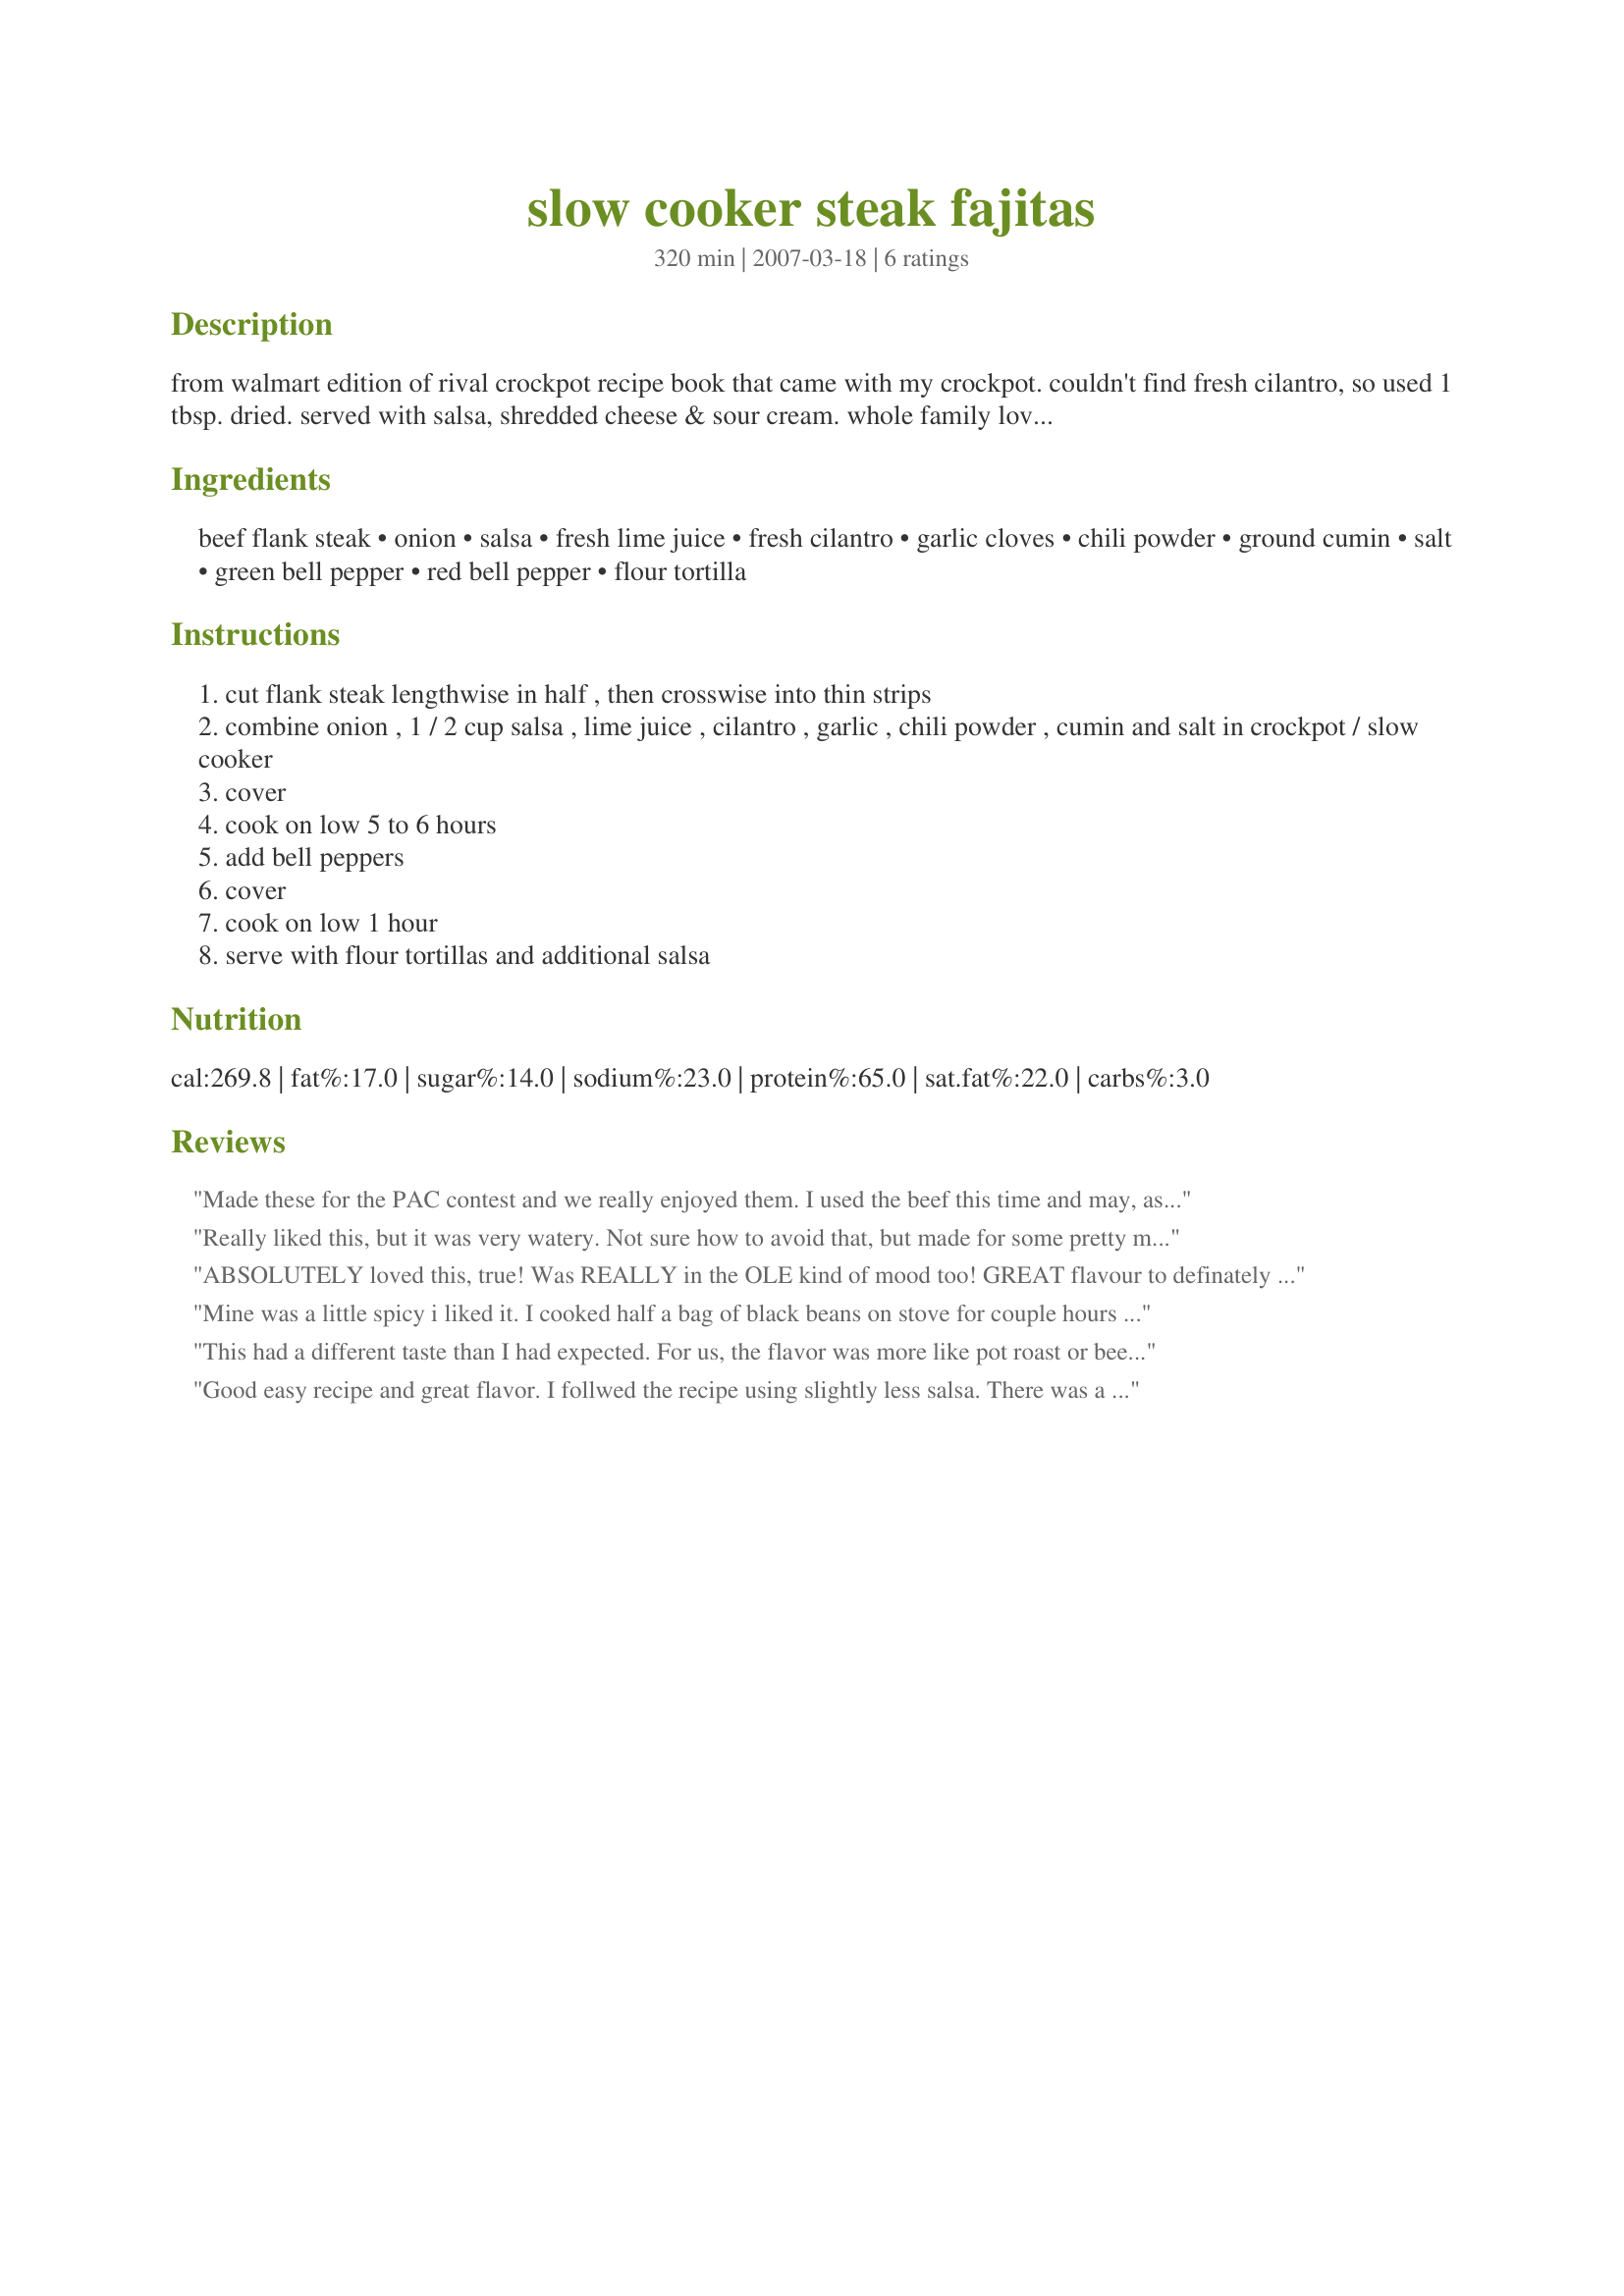
slow cooker steak fajitas
Preparation time: 320 minutes

from walmart edition of rival crockpot recipe book that came with my crockpot. couldn't find fresh cilantro, so used 1 tbsp. dried. served with salsa, shredded cheese & sour cream. whole family loved it!!! will definitely make again, perhaps using chicken next time. ;)

Ingredients:
beef flank steak, onion, salsa, fresh lime juice, fresh cilantro, garlic cloves, chili powder, ground cumin, salt, green bell pepper, red bell pepper, flour tortilla

Steps:
cut flank steak lengthwise in half , then crosswise into thin strips
combine onion , 1 / 2 cup salsa , lime juice , cilantro , garlic , chili powder , cumin and salt in crockpot / slow cooker
cover
cook on low 5 to 6 hours
add bell peppers
cover
cook on low 1 hour
serve with flour tortillas and additional salsa

Reviews:
Made these for the PAC contest and we really enjoyed them. I used the beef this time and may, as suggested, use chicken next time. Dave really liked the beef version. The flavor was right on for us and the meat was fork tender. There was a lot of liquid in this but that could have been from the added salsa, which was my homemade. I will definitely make these again in the future. thanks for sharing.
Really liked this, but it was very watery. Not sure how to avoid that, but made for some pretty messy fajitas. The flavors couldn't have been better though!
ABSOLUTELY loved this, true!
Was REALLY in the OLE kind of mood too!
GREAT flavour to definately savour, yes!
Will I be making again? GUESS
Only think is I added another 220 ml of hot salsa when I added the peppers as I thought initially the meat was a bit dry from the crockpot...winds up was really moist and literally fell apart...Hope this helps someone else when they make this!
Mine was a little spicy i liked it. I cooked half a bag of black beans on stove for couple hours then added them to the crock pot the last hour don&#039;t need to put water in just beans . I used La Victoria salsa verde in mine medium.
I used tongs to serve that way you dont get all the juices .. It is stew like . But Delicious!
This had a different taste than I had expected. For us, the flavor was more like pot roast or beef stew than a fajita. Also, by serving time the steak strips had completely fallen apart which made for a very messy dinner. I also felt like this was an expensive meal, but maybe that's just because we didn't care for it. I don't plan on making this again. Better luck to others!
Good easy recipe and great flavor. I follwed the recipe using slightly less salsa. There was a LOT of "juice" in the final product, not sure where it all came from. Topped with cheese.
